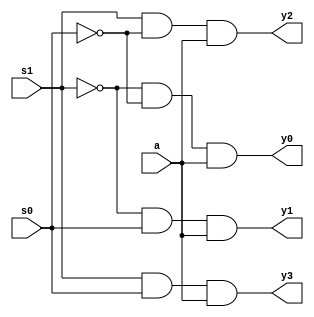
module demux1to4 (
    s1, s0, a, y0, y1, y2, y3
);
input a,s1, s0;
output y0, y1, y2, y3;

assign y0 = ~s1 & ~s0 & a;
assign y1 = ~s1 & s0 & a;
assign y2 = s1 & ~s0 & a;
assign y3 = s1 & s0 & a;
    
endmodule

module demuxTestBench;
reg s1, s0, a;
wire y0, y1, y2, y3;

demux1to4 i(s1, s0, a, y0, y1, y2, y3);

initial begin
    a=1'b1;
    s1=1'b0; s0=1'b0;
    $monitor("Time: %0t, s1: %b, s0: %b, a: %b, y0: %b, y1: %b, y2: %b, y3: %b", $time, s1, s0, a, y0, y1, y2, y3);
    #5 s1=1'b0; s0=1'b0;
    #5 s1=1'b0; s0=1'b1;
    #5 s1=1'b1; s0=1'b0;
    #5 s1=1'b1; s0=1'b1;
end
endmodule